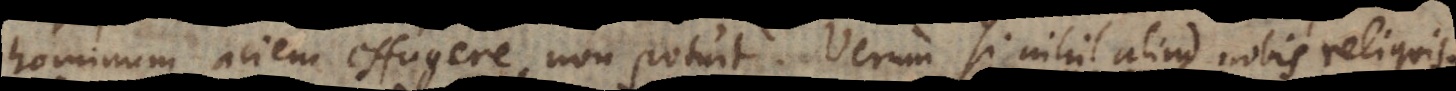
hominum aciem effugere non potuit. Verum si nihil aliud nobis reliqu